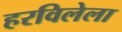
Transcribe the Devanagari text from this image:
हरविलेला